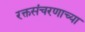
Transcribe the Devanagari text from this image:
रक्तसंचरणाच्या